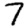
Digit: 7